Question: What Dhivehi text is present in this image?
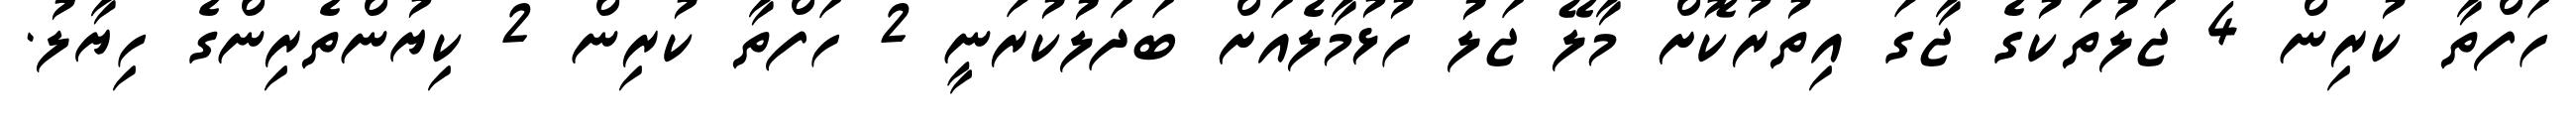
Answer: ހަފްތާ ކުރިން 4 ޖަލުތަކުގެ ޖާގަ އިތުރުކޮށް މާލޭ ޖަލު ހުޅުމާލެއަށް ބަދަލުކުރަނީ 2 ހަފްތާ ކުރިން 2 ކިޔުންތެރިންގެ ހިޔާލު.